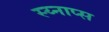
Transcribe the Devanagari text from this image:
स्य्नाप्स